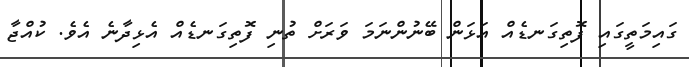
ގައިމަތީގައި ފޮތިގަނޑެއް އަޅަން ބޭނުންނަމަ ވަރަށް ތުނި ފޮތިގަނޑެއް އެޅިދާނެ އެވެ. ކުއްޖާ